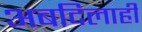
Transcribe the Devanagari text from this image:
अबदिलाही